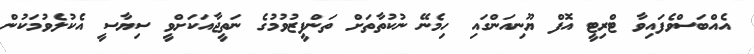
އެއްބަސްވެފައިވާ ޓްރިޓީ އޮފް ޔޫނިއަންގައި ހިމެނޭ ނުކުތާތަށް ތަންފީޒުވުމުގެ ނަތީޖާއަކަށްވީ ސިޔާސީ އެކުލެވުމަކުން